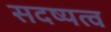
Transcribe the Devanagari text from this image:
सदष्यत्व